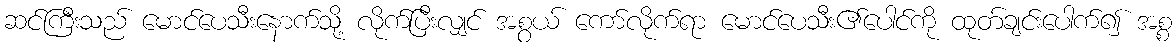
ဆင်ကြီးသည် မောင်ပေသီးနောက်သို့ လိုက်ပြီးလျှင် အစွယ် ကော်လိုက်ရာ မောင်ပေသီး၏ပေါင်ကို ထုတ်ချင်းပေါက်၍ အစ္စ